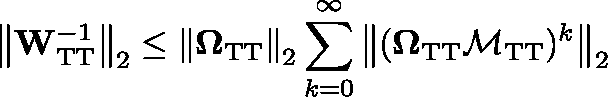
\left\Vert \mathbf { W } _ { \mathrm { T T } } ^ { - 1 } \right\Vert _ { 2 } \leq \left\Vert \mathbf { \Omega } _ { \mathrm { T T } } \right\Vert _ { 2 } \sum _ { k = 0 } ^ { \infty } \left\Vert ( \mathbf { \Omega } _ { \mathrm { T T } } \mathbf { \mathcal { M } } _ { \mathrm { T T } } ) ^ { k } \right\Vert _ { 2 }